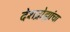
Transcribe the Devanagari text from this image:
देशद्रोह्यांचा